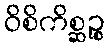
ဝိစိကိစ္ဆဉ္စ